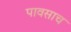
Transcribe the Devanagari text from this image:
पावसाच